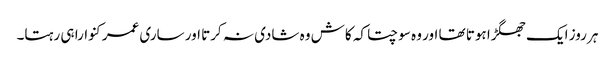
ہر روز ایک جھگڑا ہوتا تھا اور وہ سوچتا کہ کاش وہ شادی نہ کرتا اور ساری عمر کنوارا ہی رہتا۔